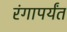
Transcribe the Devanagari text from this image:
रंगापर्यंत